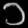
Digit: ၁